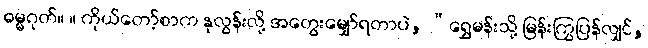
ဓမ္မဂုတ်။ ။ ကိုယ်တော့်စာက နုလွန်းလို့ အတွေးမျှော်ရတာပဲ, “ရွှေမန်းသို့ မြန်းကြွပြန်လျှင်,